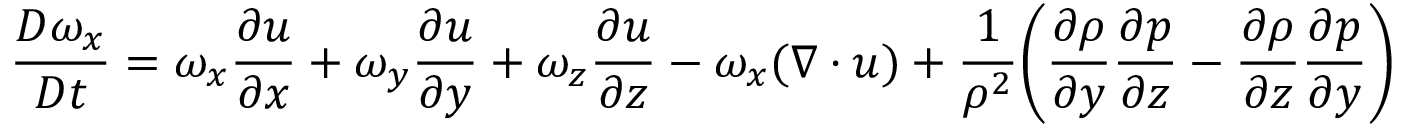
\frac { D \omega _ { x } } { D t } = \omega _ { x } \frac { \partial u } { \partial x } + \omega _ { y } \frac { \partial u } { \partial y } + \omega _ { z } \frac { \partial u } { \partial z } - \omega _ { x } ( \boldsymbol { \nabla \cdot u } ) + \frac { 1 } { \rho ^ { 2 } } \bigg ( \frac { \partial \rho } { \partial y } \frac { \partial p } { \partial z } - \frac { \partial \rho } { \partial z } \frac { \partial p } { \partial y } \bigg )